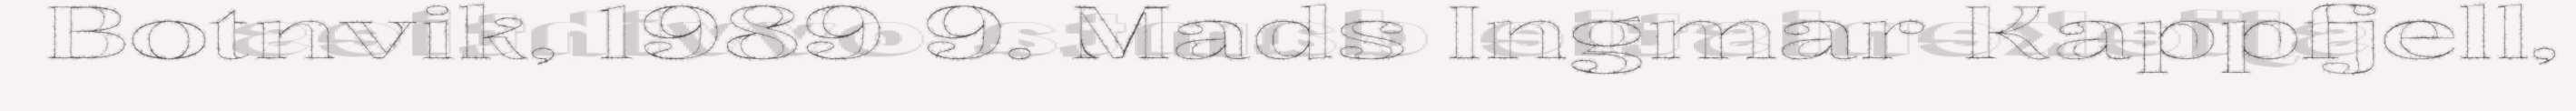
Botnvik, 1989 9. Mads Ingmar Kappfjell,